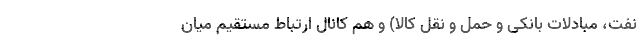
نفت، مبادلات بانکی و حمل و نقل کالا) و هم کانال ارتباط مستقیم میان